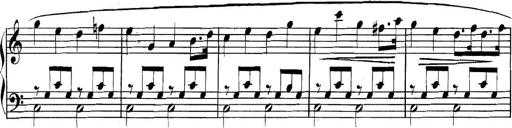
Title: Collected Piano Sonatas
Composer: Muzio Clementi